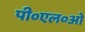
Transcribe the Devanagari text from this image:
पी०एल०ओ